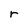
Character: r